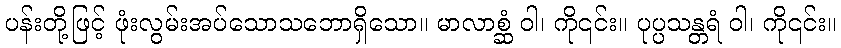
ပန်းတို့ဖြင့် ဖုံးလွမ်းအပ်သောသဘောရှိသော။ မာလာစ္ဆံ ဝါ၊ ကို၎င်း။ ပုပ္ပသန္တရံ ဝါ၊ ကို၎င်း။